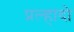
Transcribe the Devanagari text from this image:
प्रल्हादो